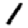
Digit: 1